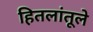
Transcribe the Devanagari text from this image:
हितलांतूले